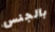
بالجنس